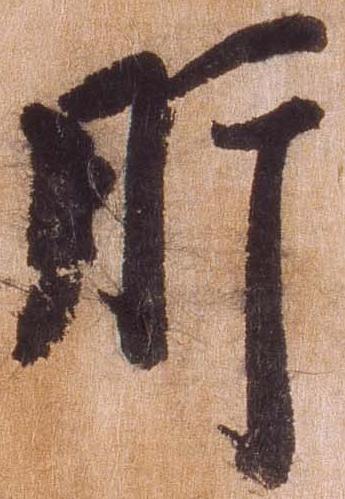
肘